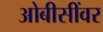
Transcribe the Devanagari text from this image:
ओबीसींवर